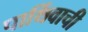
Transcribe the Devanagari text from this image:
पार्थिवाची